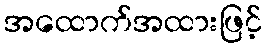
အထောက်အထားဖြင့်